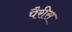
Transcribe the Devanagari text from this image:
पैरीस